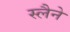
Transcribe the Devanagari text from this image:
स्लैने